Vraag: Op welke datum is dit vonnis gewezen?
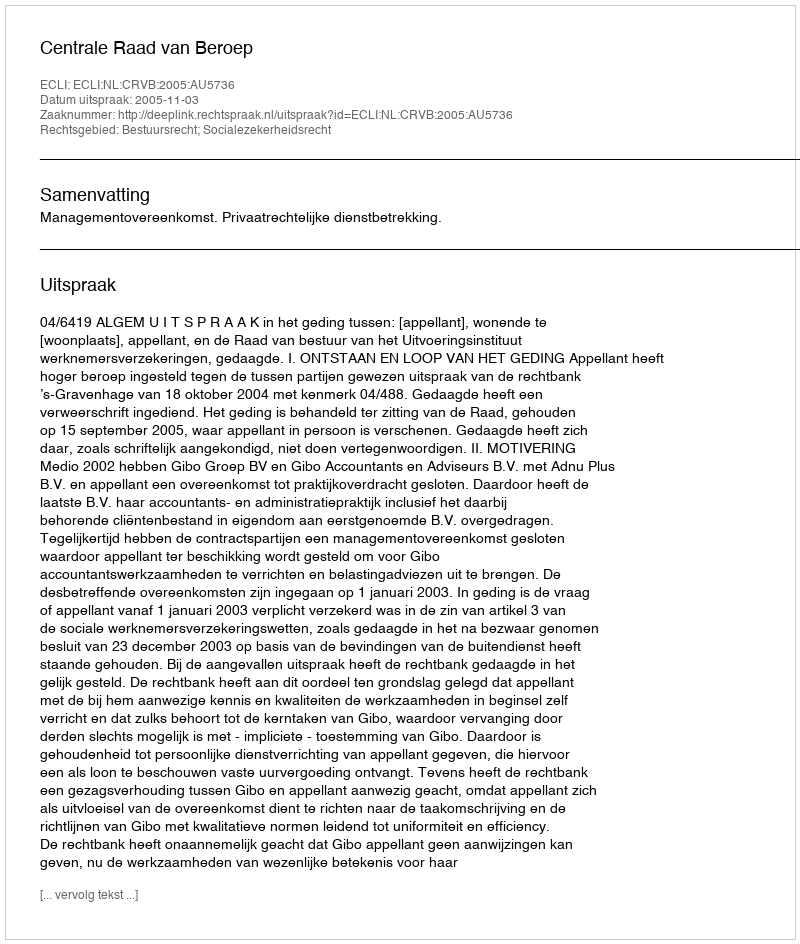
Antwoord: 2005-11-03